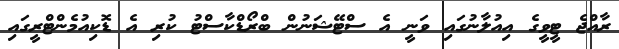
ރާއްޖެ ޓީވީގެ އިއުލާނުގައި ވަނީ އެ ސްޓޭޝަނުން ބްރޯޑްކާސްޓު ކުރި އެ ޑޮކިއުމެންޓްރީގައި